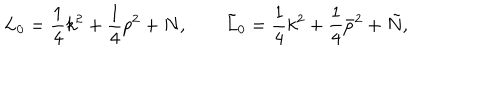
L _ { 0 } = \frac { 1 } { 4 } k ^ { 2 } + \frac { 1 } { 4 } p ^ { 2 } + N , \qquad \tilde { L } _ { 0 } = \frac { 1 } { 4 } k ^ { 2 } + \frac { 1 } { 4 } \bar { p } ^ { 2 } + \tilde { N } ,